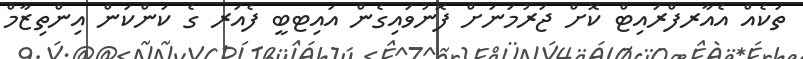
ތަކެއް އެއާރފްރައިޓް ކޮށް ޖަރުމަނަށް ފޮނުވައިގެން އައިޓބީ ފެއަރ ގެ ކަންކަން އިންތިޒާމް